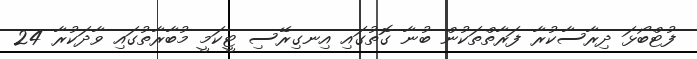
ފުޓްބޯޅަ ދިރާސާކުރާ ފަރާތްތަކުން ބުނާ ގޮތުގައި އިނގިރޭސި ޓީކަމީ މުބާރާތުގައި ވާދަކުރާ 24